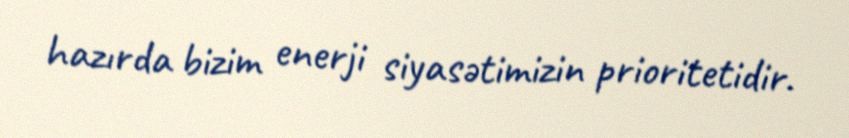
hazırda bizim enerji siyasətimizin prioritetidir.